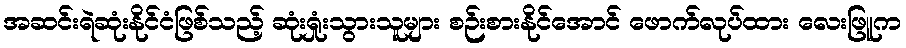
အဆင်းရဲဆုံးနိုင်ငံဖြစ်သည့် ဆုံးရှုံးသွားသူများ စဉ်းစားနိုင်အောင် ဖောက်လုပ်ထား လေးဖြူက